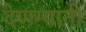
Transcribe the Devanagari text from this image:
देणग्यांनी